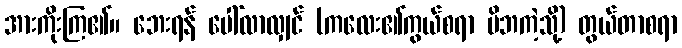
အားကိုးကြ၏။ ဘေးရန် ပေါ်လာလျှင် (ကလေး၏ကွယ်စရာ မိဘကဲ့သို့) တွယ်တာစရာ